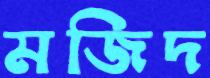
মজিদ